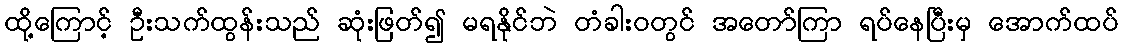
ထို့ကြောင့် ဦးသက်ထွန်းသည် ဆုံးဖြတ်၍ မရနိုင်ဘဲ တံခါးဝတွင် အတော်ကြာ ရပ်နေပြီးမှ အောက်ထပ်